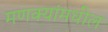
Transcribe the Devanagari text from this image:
मणक्‍यांमधील